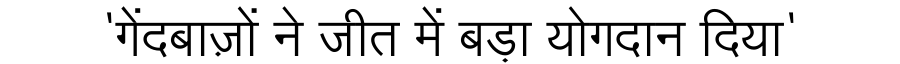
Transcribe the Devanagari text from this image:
'गेंदबाज़ों ने जीत में बड़ा योगदान दिया'